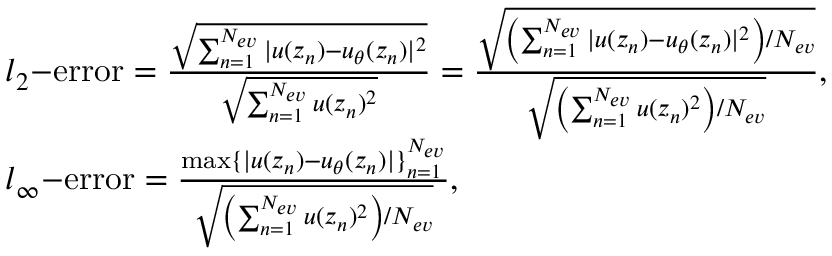
\begin{array} { r l } & { l _ { 2 } \mathrm { - e r r o r } = \frac { \sqrt { \sum _ { n = 1 } ^ { N _ { e v } } | u ( z _ { n } ) - u _ { \theta } ( z _ { n } ) | ^ { 2 } } } { \sqrt { \sum _ { n = 1 } ^ { N _ { e v } } u ( z _ { n } ) ^ { 2 } } } = \frac { \sqrt { \left( \sum _ { n = 1 } ^ { N _ { e v } } | u ( z _ { n } ) - u _ { \theta } ( z _ { n } ) | ^ { 2 } \right) / N _ { e v } } } { \sqrt { \left( \sum _ { n = 1 } ^ { N _ { e v } } u ( z _ { n } ) ^ { 2 } \right) / N _ { e v } } } , } \\ & { l _ { \infty } \mathrm { - e r r o r } = \frac { \operatorname* { m a x } \{ | u ( z _ { n } ) - u _ { \theta } ( z _ { n } ) | \} _ { n = 1 } ^ { N _ { e v } } } { \sqrt { \left( \sum _ { n = 1 } ^ { N _ { e v } } u ( z _ { n } ) ^ { 2 } \right) / N _ { e v } } } , } \end{array}